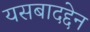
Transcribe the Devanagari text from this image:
यसबादद्देन